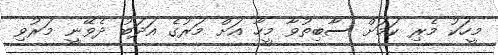
މީހަކު މެރި ކަމަށް ސާބިތުވާ މީހާ އަށް މަރުގެ އަދަބު ދެވޭނީ މަރުވި